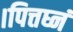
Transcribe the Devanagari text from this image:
।पित्तघ्नं